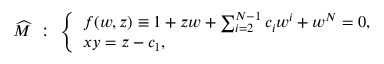
\widehat { { \cal M } } ~ : ~ \left\{ \begin{array} { l } { { f ( w , z ) \equiv 1 + z w + \sum _ { i = 2 } ^ { N - 1 } c _ { i } w ^ { i } + w ^ { N } = 0 , } } \\ { { x y = z - c _ { 1 } , } } \end{array} \right.